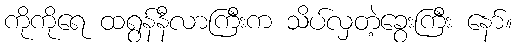
ကိုကိုရေ ထရွန်နီလာကြီးက သိပ်လှတဲ့ခွေးကြီး နော်။